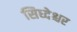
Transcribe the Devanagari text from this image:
सिध्देश्चर